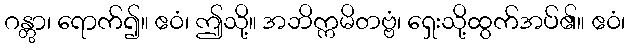
ဂန္တွာ၊ ရောက်၍။ ဧဝံ၊ ဤသို့။ အဘိက္ကမိတဗ္ဗံ၊ ရှေးသို့ထွက်အပ်၏။ ဧဝံ၊